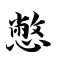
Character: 憋